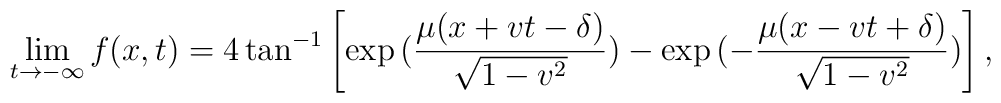
\lim_{t \rightarrow -\infty} f(x,t) =4 \tan^{-1}\left[\exp{(\frac{\mu(x+vt-\delta)}{\sqrt{1-v^2}})} -\exp{(-\frac{\mu(x-vt+\delta)}{\sqrt{1-v^2}})}\right],